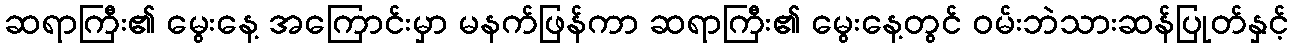
ဆရာကြီး၏ မွေးနေ့ အကြောင်းမှာ မနက်ဖြန်ကာ ဆရာကြီး၏ မွေးနေ့တွင် ဝမ်းဘဲသားဆန်ပြုတ်နှင့်